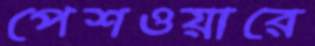
পেশওয়ারে